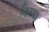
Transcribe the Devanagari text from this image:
किस्म।